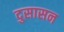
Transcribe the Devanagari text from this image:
दुसासन